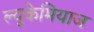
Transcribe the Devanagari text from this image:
ल्यूकेमियाज